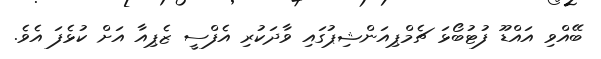
ބޭއްވި އައްޑޫ ފުޓުބޯޅަ ޗެމްޕިއަންޝިޕުގައި ވާދަކުރި އެފްސީ ޒެޕިއާ އަށް ކުޅެފަ އެވެ.